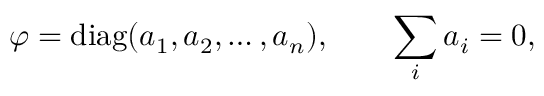
\varphi = \mathrm { d i a g } ( a _ { 1 } , a _ { 2 } , \ldots , a _ { n } ) , \qquad \sum _ { i } a _ { i } = 0 ,